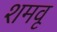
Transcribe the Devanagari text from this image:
शमवू